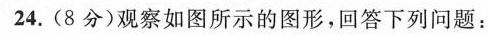
24.(8分)观察如图所示的图形，回答下列问题：